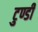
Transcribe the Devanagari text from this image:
टुण्डी